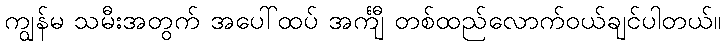
ကျွန်မ သမီးအတွက် အပေါ်ထပ် အင်္ကျီ တစ်ထည်လောက်ဝယ်ချင်ပါတယ်။